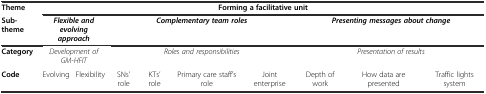
| Theme | <COLSPAN=9> Forming a facilitative unit |
 | Sub-theme | <COLSPAN=2> Flexible and evolving approach | <COLSPAN=4> Complementary team roles | <COLSPAN=3> Presenting messages about change |
 | --- | --- | --- | --- | --- | --- | --- | --- | --- | --- |
 | Category | <COLSPAN=2> Development of GM-HFIT | <COLSPAN=4> Roles and responsibilities | <COLSPAN=3> Presentation of results |
 | Code | Evolving | Flexibility | SNs’ role | KTs’ role | Primary care staff’s role | Joint enterprise | Depth of work | How data are presented | Traffic lights system |